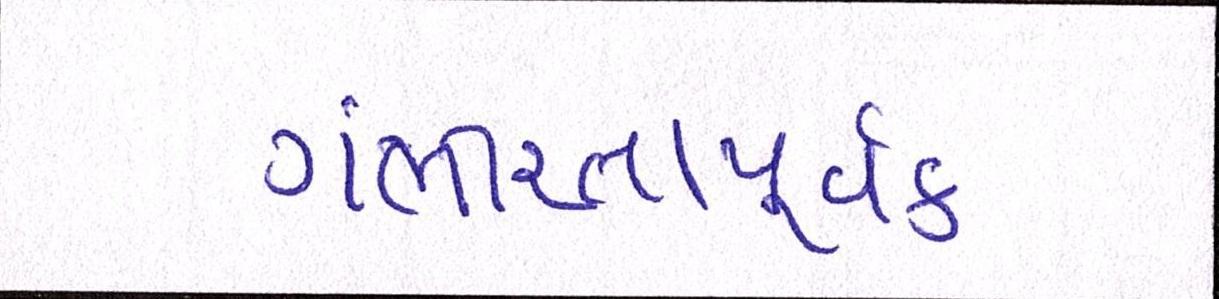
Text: ગંભીરતાપૂર્વક